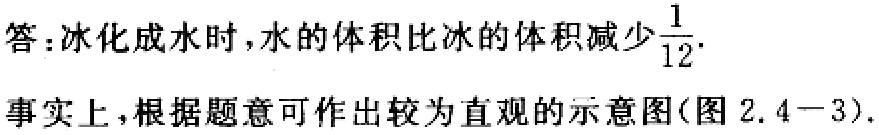
答：冰化成水时，水的体积比冰的体积减少$\frac{1}{12}$.

事实上，根据题意可作出较为直观的示意图(图 2.4−3).